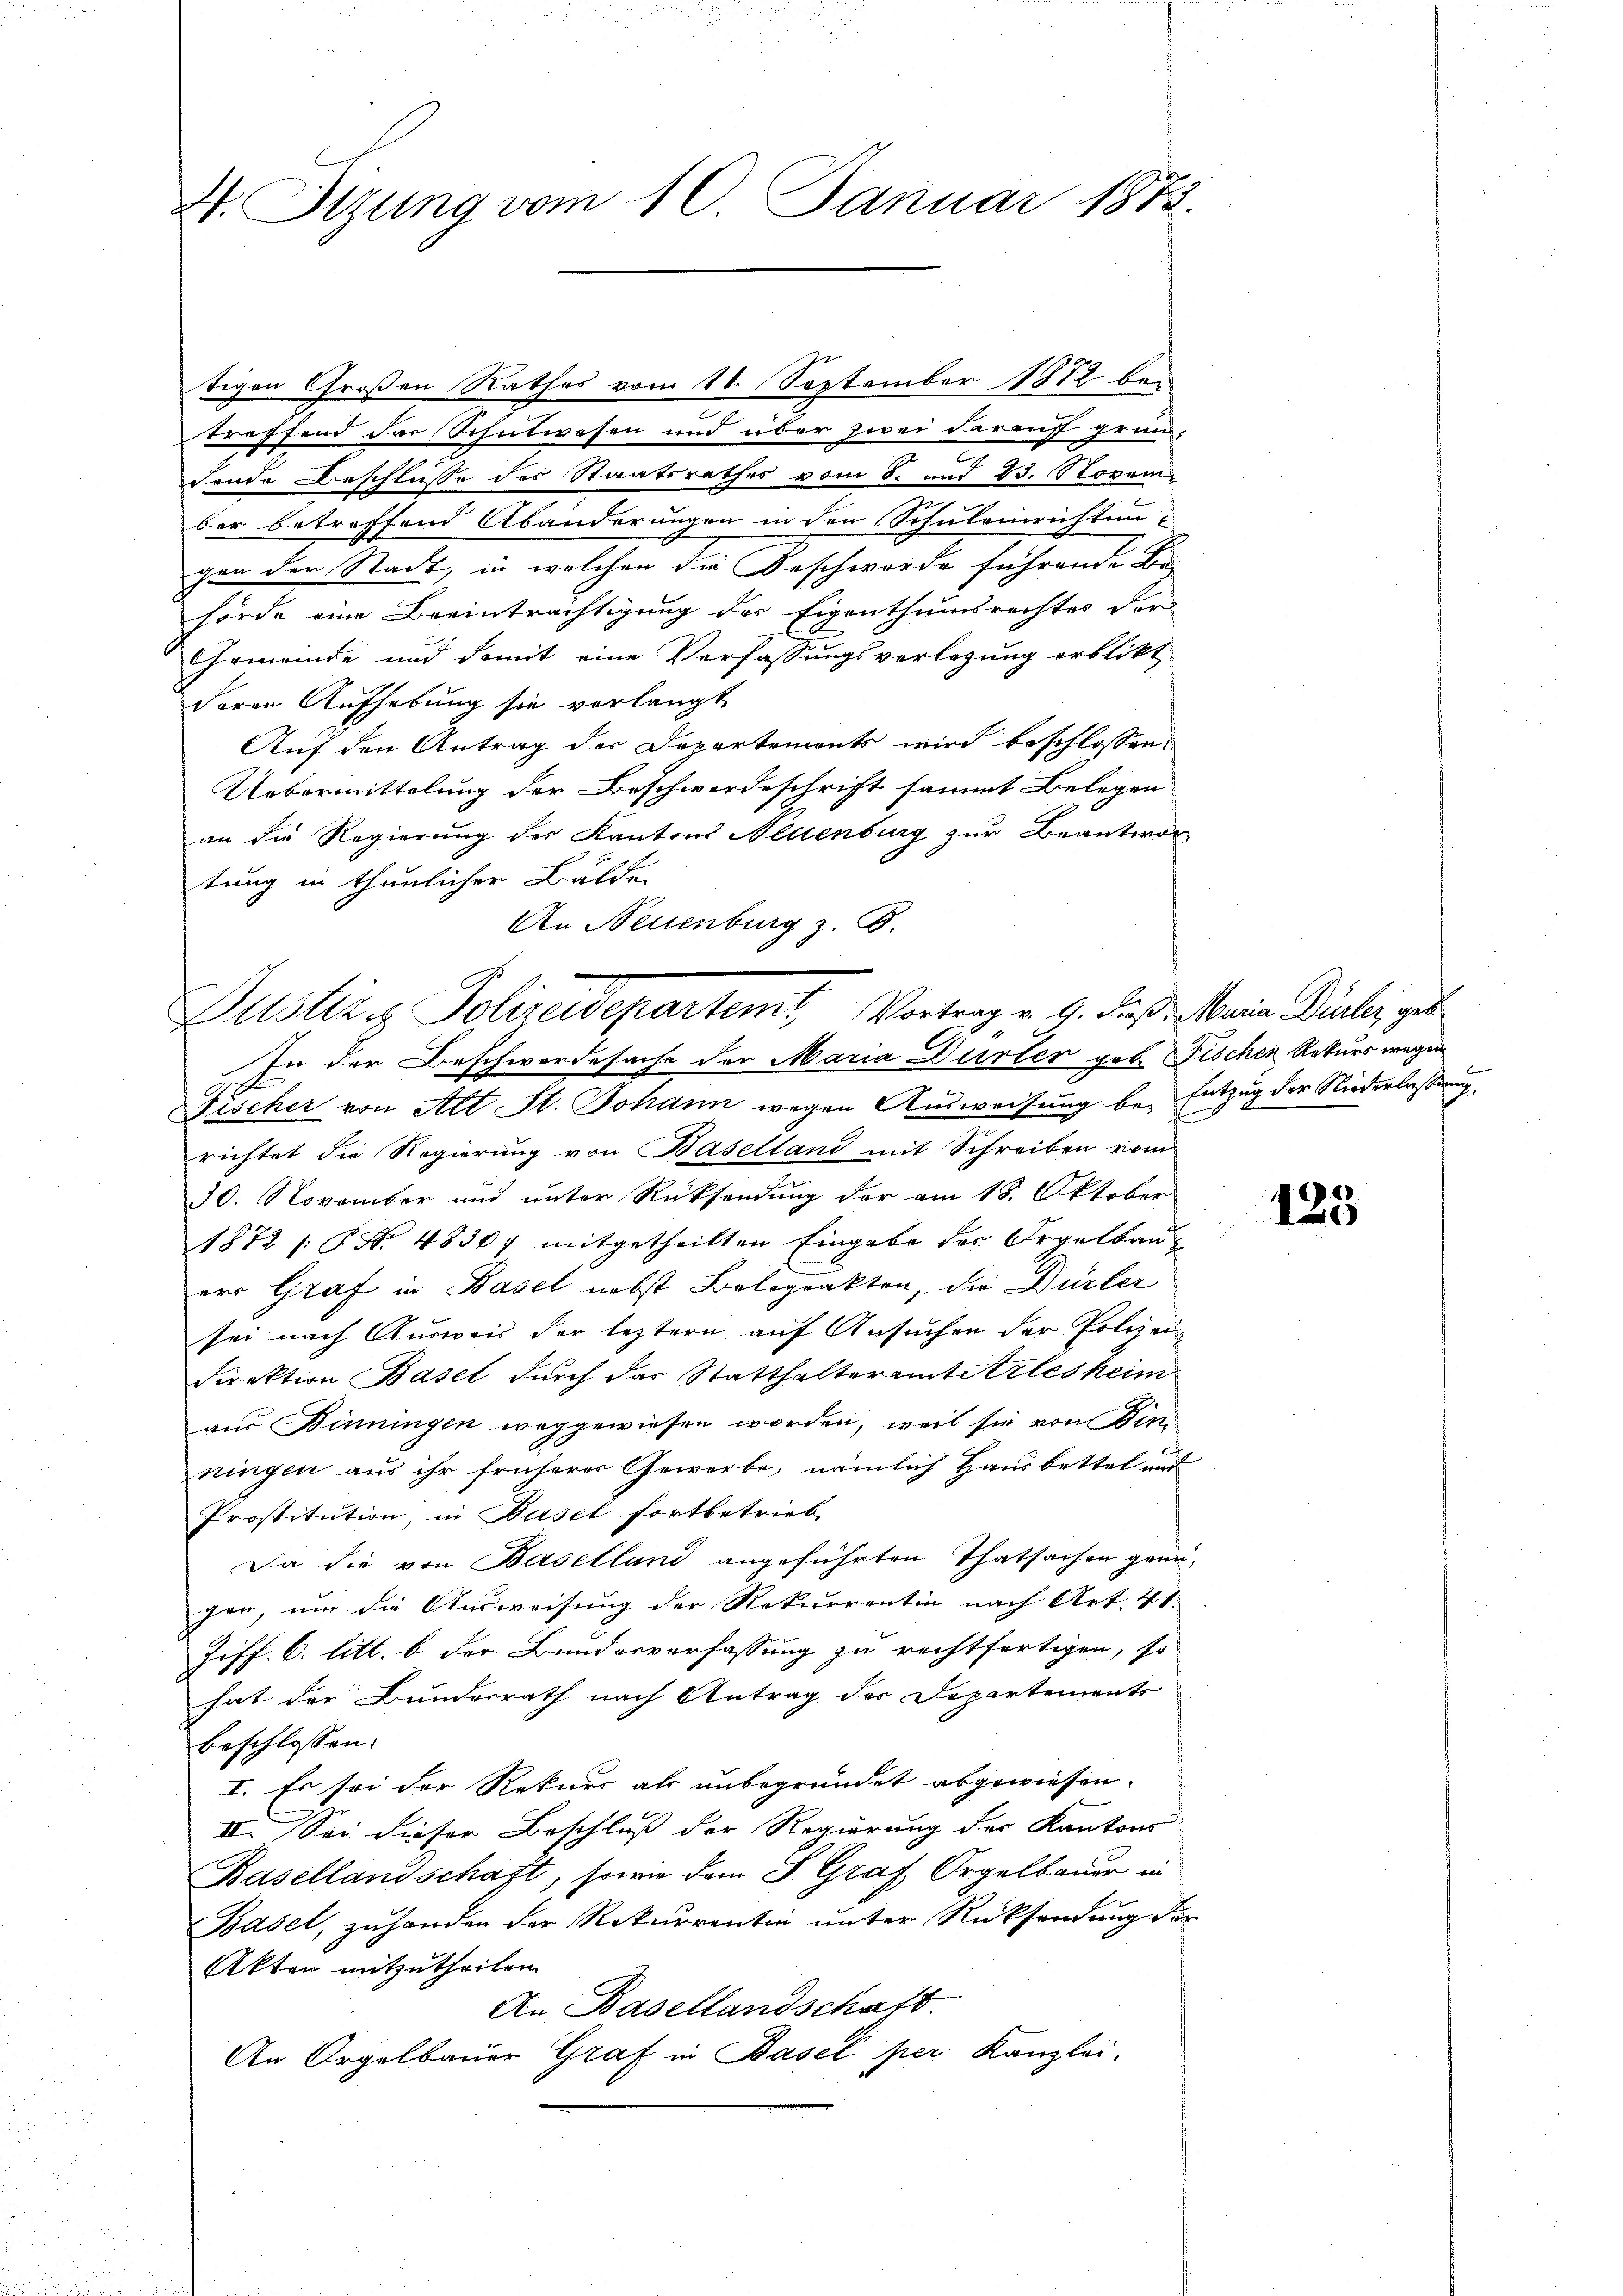
V. Sizung vom 10. Januar 1873.

tigen Großen Rathes vom 18. September 1882 betreffend der Schutwesen und über zwei darauf grün-
Fende Beschlüsse des Staatsrathes vom 8. und 23. November betreffend Abänderungen in den Schuleinrichtengen der Stadt, in welchen die Beschwerde führende Be
hörde eine Beeinträchtigung des Eigenthumsrechtes der
Gemeinde und damit eine Verfassungsverlegung erblikt
deren Aufhebung sie verlangt
Auf den Antrag der Departements wird beschlossen:
Uebermittelung der Beschwerdeschrift sammt Belegen
an die Regierung des Kantons Allenburg zur Beantwor
tung in thunlicher Bälde
An Neuenburg z. B.

Bustiz. Polizeidepartemt Vortrag v. 9. daß Mein Dialer, geb
In der Beschwerdesache der Maria Dürter geb. Fischen Rekurs wegen

Fischer von Alt St. Johann wegen Ausweisung bei Entzug der Niederlassung.
richtet die Regierung von Baselland mit Schreiben vom
30. November und unter Rücksendung der am 18. Oktober
1872 /: P. Nr. 48307 mitgetheilten Eingabe der Orgelbau
err Graf in Basel nebst Beloprakten, die Dürler
sei nach Ausweis der leztern auf Ansuchen der Polizei
Direktion Basel durch das Statthalteramterlesheim
aus Binningen weggewiesen worden, weil sie von Winningen aus ihr früherer Gewerbe, nämlich Hausbettel und
Prostitution, in Hasel fortbetrieb
Da die von Baselland angeführten Thatsachen genügen, um die Ausweisung der Rekurrentin nach Art. 41.
Ziff. 6. litt. b der Bundesverfassung zu rechtfertigen, so
hat der Bundesrath nach Antrag des Departements
beschlossen:
I. Es sei der Rekurs als unbegründet abgewiesen.
II. Sei dieser Beschluß der Regierung der Kantons
Basellandschaft, sowie dem S. Graf Orgelbauer in
Basel, zuhanden der Rekurrentin unter Rücksendung der
Akten mitzutheilen.
An Basellandschaft.
An Orgelbauer Graf in Basel per Kanzlei-

t

125